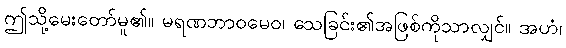
ဤသို့မေးတော်မူ၏။ မရဏဘာဝမေဝ၊ သေခြင်း၏အဖြစ်ကိုသာလျှင်။ အဟံ၊